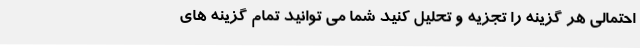
احتمالی هر گزینه را تجزیه و تحلیل کنید شما می توانید تمام گزینه های